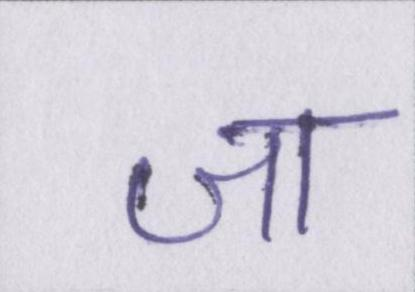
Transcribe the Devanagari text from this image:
जा